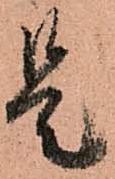
是